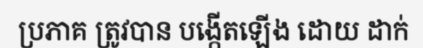
ប្រភាគ ត្រូវបាន បង្កើតឡើង ដោយ ដាក់